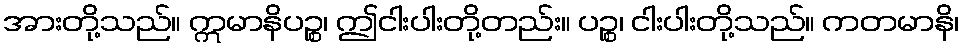
အားတို့သည်။ ဣမာနိပဉ္စ၊ ဤငါးပါးတို့တည်း။ ပဉ္စ၊ ငါးပါးတို့သည်။ ကတမာနိ၊